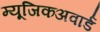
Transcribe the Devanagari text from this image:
म्यूजिकअवार्ड